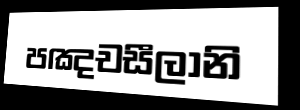
පඤචසීලානි